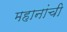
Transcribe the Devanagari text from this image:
महानांची